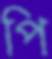
পি